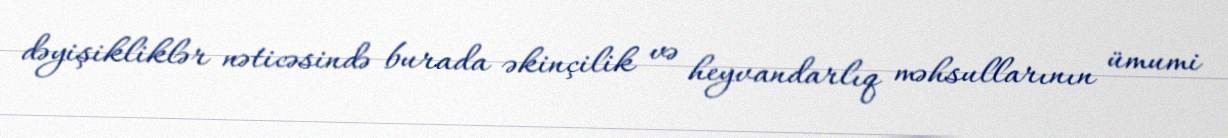
dəyişikliklər nəticəsində burada əkinçilik və heyvandarlıq məhsullarının ümumi